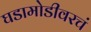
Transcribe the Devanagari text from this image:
घडामोडीवरचं